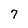
Character: 7